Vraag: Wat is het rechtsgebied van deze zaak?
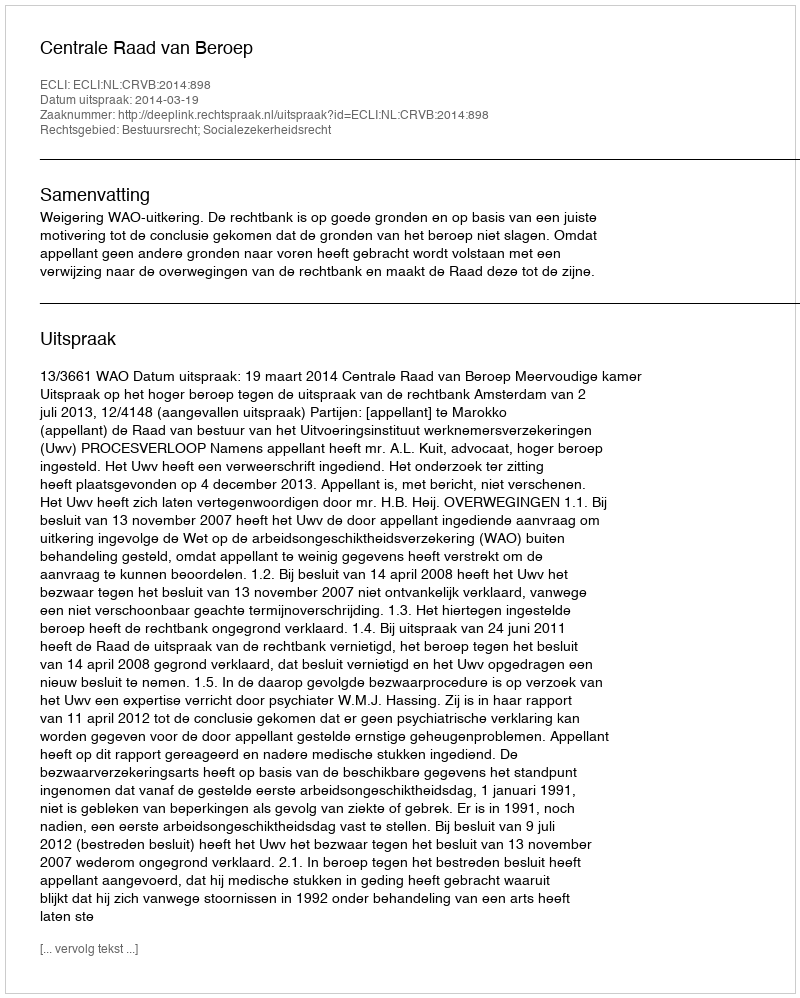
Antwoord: Bestuursrecht; Socialezekerheidsrecht